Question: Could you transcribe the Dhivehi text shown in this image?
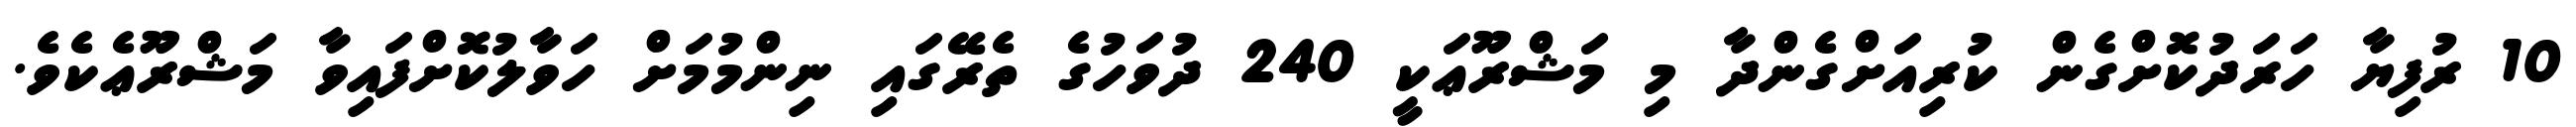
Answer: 10 ރުފިޔާ ހަރަދުކޮށްގެން ކުރިއަށްގެންދާ މި މަޝްރޫޢަކީ 240 ދުވަހުގެ ތެރޭގައި ނިންމުމަށް ހަވާލުކޮށްފައިވާ މަޝްރޫޢެކެވެ.